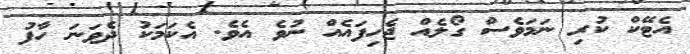
އެޓޭކް ކުރި ނަމަވެސް ގޯލެއް ޖެހިފައެއް ނުވެ އެވެ. އެކަމަކު ދެވަނަ ހާފު